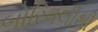
બોરિવલીથી